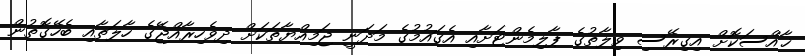
ޚާއްސަކޮށް އިގިރޭސި ވިލާތުގެ ޕާލިމެންޓަށާއި އެގައުމުގެ މަދަނީ ޖަމިއްޔާތަކަށް ދިވެހިރާއްޖޭގެ ހާލަތާއި ބެހޭގޮތުން